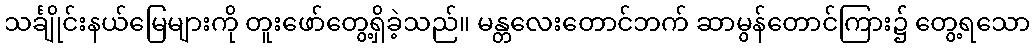
သင်္ချိုင်းနယ်မြေများကို တူးဖော်တွေ့ရှိခဲ့သည်။ မန္တလေးတောင်ဘက် ဆာမွန်တောင်ကြား၌ တွေ့ရသော